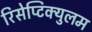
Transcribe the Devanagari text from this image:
रिसेप्टिक्युलम